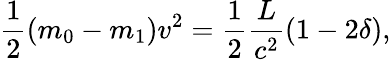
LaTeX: {\frac{1}{2}}(m_{0}-m_{1})v^{2}={\frac{1}{2}}\frac{L}{c^{2}}(1-2\delta),